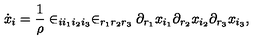
\dot { x } _ { i } = \frac { 1 } { \rho } \in _ { i i _ { 1 } i _ { 2 } i _ { 3 } } \in _ { r _ { 1 } r _ { 2 } r _ { 3 } } \partial _ { r _ { 1 } } x _ { i _ { 1 } } \partial _ { r _ { 2 } } x _ { i _ { 2 } } \partial _ { r _ { 3 } } x _ { i _ { 3 } } ,